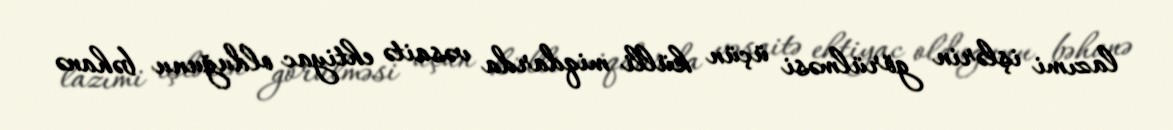
lazımi işlərin görülməsi üçün külli miqdarda vəsaitə ehtiyac olduğunu bəhanə